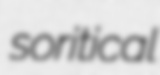
soritical